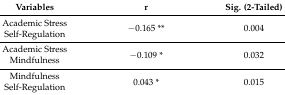
<table><thead><tr><td><b>Variables</b></td><td><b>r</b></td><td><b>Sig. (2-Tailed)</b></td></tr></thead><tbody><tr><td>Academic StressSelf-Regulation</td><td>−0.165 **</td><td>0.004</td></tr><tr><td>Academic StressMindfulness</td><td>−0.109 *</td><td>0.032</td></tr><tr><td>MindfulnessSelf-Regulation</td><td>0.043 *</td><td>0.015</td></tr></tbody></table>